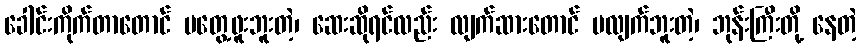
ခေါင်းကိုက်တာတောင် မတွေ့ဖူးဘူးတဲ့၊ ဆေးဆိုရင်လည်း လျက်ဆားတောင် မလျက်ဘူးတဲ့၊ ဘုန်းကြီးတို့ နေတဲ့